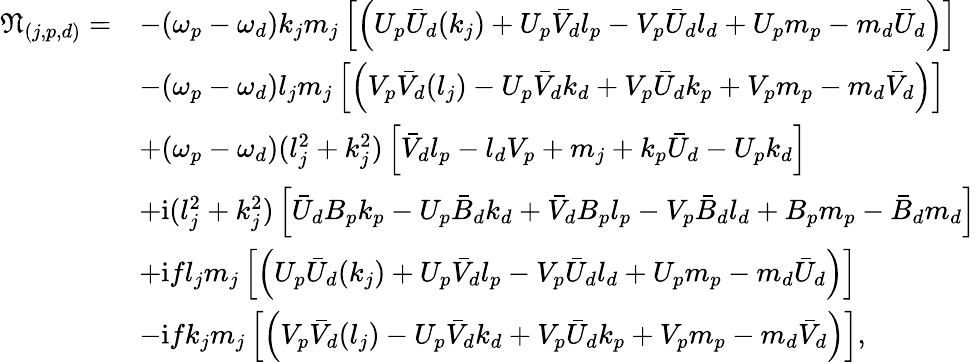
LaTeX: \begin{array}{rl}{\mathfrak{N}_{(j,p,d)}=}&{-{(\omega_{p}-\omega_{d})k_{j}m_{j}}\left[\left(U_{p}\bar{U}_{d}(k_{j})+U_{p}\bar{V}_{d}l_{p}-V_{p}\bar{U}_{d}l_{d}+U_{p}m_{p}-m_{d}\bar{U}_{d}\right)\right]}\\ &{-{(\omega_{p}-\omega_{d})l_{j}m_{j}}\left[\left(V_{p}\bar{V}_{d}(l_{j})-U_{p}\bar{V}_{d}k_{d}+V_{p}\bar{U}_{d}k_{p}+V_{p}m_{p}-m_{d}\bar{V}_{d}\right)\right]}\\ &{+{(\omega_{p}-\omega_{d})(l_{j}^{2}+k_{j}^{2})}\left[\bar{V}_{d}l_{p}-l_{d}V_{p}+m_{j}+k_{p}\bar{U}_{d}-U_{p}k_{d}\right]}\\ &{+\textnormal{i}{(l_{j}^{2}+k_{j}^{2})}\left[\bar{U}_{d}B_{p}k_{p}-U_{p}\bar{B}_{d}k_{d}+\bar{V}_{d}B_{p}l_{p}-V_{p}\bar{B}_{d}l_{d}+B_{p}m_{p}-\bar{B}_{d}m_{d}\right]}\\ &{+\textnormal{i}{fl_{j}m_{j}}\left[\left(U_{p}\bar{U}_{d}(k_{j})+U_{p}\bar{V}_{d}l_{p}-V_{p}\bar{U}_{d}l_{d}+U_{p}m_{p}-m_{d}\bar{U}_{d}\right)\right]}\\ &{-\textnormal{i}{fk_{j}m_{j}}\left[\left(V_{p}\bar{V}_{d}(l_{j})-U_{p}\bar{V}_{d}k_{d}+V_{p}\bar{U}_{d}k_{p}+V_{p}m_{p}-m_{d}\bar{V}_{d}\right)\right],}\end{array}